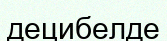
децибелде